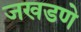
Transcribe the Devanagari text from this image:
जखडणे